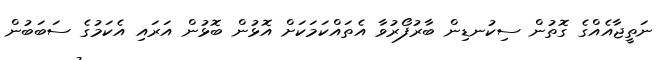
ނަތީޖާއެއްގެ ގޮތުން ސިކުނޑިން ބާރުފޯރުވާ އެތައްކަމަކަށް އޮޅުން ބޮޅުން އަރައި އެކަމުގެ ސަބަބުން